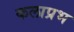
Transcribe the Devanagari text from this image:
कलाप्रभ